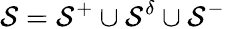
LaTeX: \mathcal{S}=\mathcal{S}^{+}\cup\mathcal{S}^{\delta}\cup\mathcal{S}^{-}